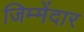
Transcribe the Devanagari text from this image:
जिम्मेंदार